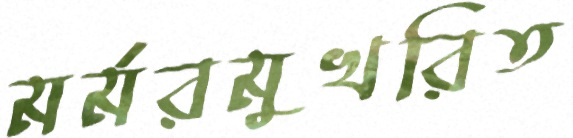
মর্মরমুখরিত